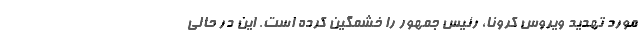
مورد تهدید ویروس کرونا، رئیس جمهور را خشمگین کرده است. این در حالی